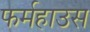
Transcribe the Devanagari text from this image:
फर्महाउस